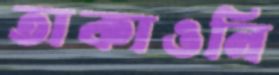
তাকাওনি